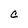
Character: C